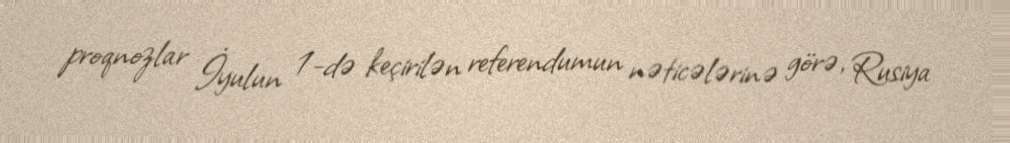
proqnozlar İyulun 1-də keçirilən referendumun nəticələrinə görə, Rusiya